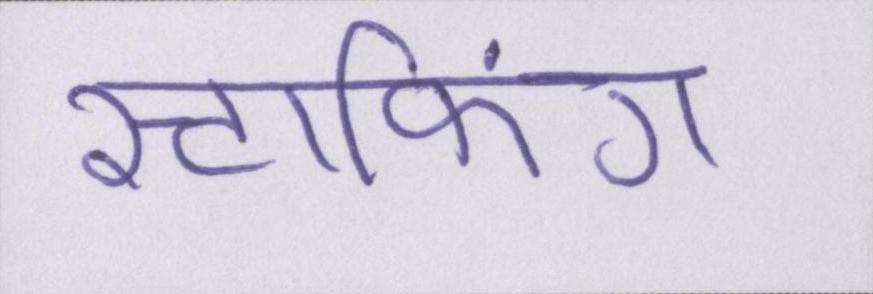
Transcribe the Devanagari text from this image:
स्टाफिंग